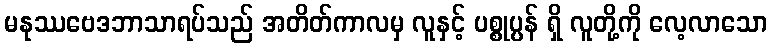
မနုဿဗေဒဘာသာရပ်သည် အတိတ်ကာလမှ လူနှင့် ပစ္စုပ္ပန် ရှိ လူတို့ကို လေ့လာသော